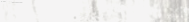
تأمين مركباتكم بأفضل الشر